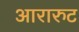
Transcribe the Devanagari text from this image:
आरारुट